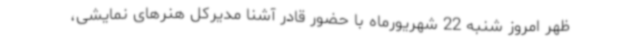
ظهر امروز شنبه 22 شهریورماه با حضور قادر آشنا مدیرکل هنرهای نمایشی،